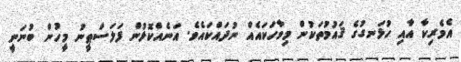
އެމެރިކާ އާއި ހުޅަނގުގެ ޤައުމުތަކުން މިވާހަކައެއް ނުދައްކައެވެ. އަނެއްކޮޅުން ފަލަސްޠީނު މީހުން ބުނަނީ